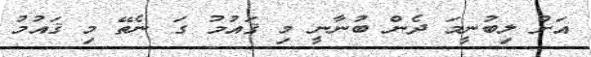
އަށް ލިބުނީމަ ދެން ބުނާނީ މި ޤައުމު ގަ ނެތޭ މި ޤައުމު